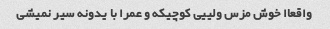
واقعاا خوش مزس ولییی کوچیکه و عمرا با یدونه سیر نمیشی